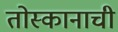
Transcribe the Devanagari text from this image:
तोस्कानाची